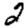
Digit: 2